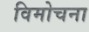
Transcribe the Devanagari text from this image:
विमोचना